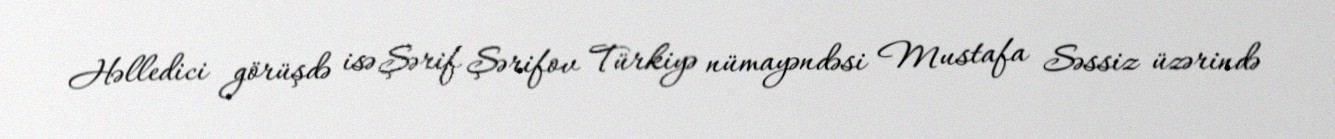
Həlledici görüşdə isə Şərif Şərifov Türkiyə nümayəndəsi Mustafa Səssiz üzərində